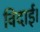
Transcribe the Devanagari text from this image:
विदाई।